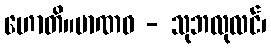
ဟောတိ။မာဏဝ - သုဘလုလင်၊